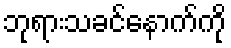
ဘုရားသခင်နောက်ကို